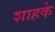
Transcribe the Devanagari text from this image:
शाहके